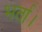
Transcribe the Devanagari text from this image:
भर्ता।